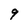
Character: 9